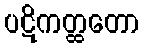
ပဋိကတ္ထတော